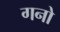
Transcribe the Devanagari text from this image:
गनो